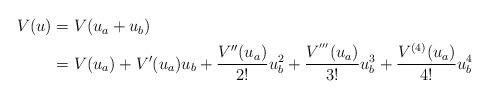
LaTeX: \begin{align*}\begin{aligned}V(u )&= V(u _{a}+u _{b})\\&=V(u _{a})+V^{\prime }(u_{a})u _{b}+\frac{V^{\prime \prime }(u _{a})}{2!}u _{b}^{2}+\frac{V^{^{\prime \prime \prime }}(u _{a})}{3!}u _{b}^{3}+\frac{V^{(4)}(u_{a})}{4!}u _{b}^{4} \end{aligned}\end{align*}